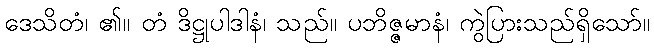
ဒေသိတံ၊ ၏။ တံ ဒိဋ္ဌုပါဒါနံ၊ သည်။ ပဘိဇ္ဇမာနံ၊ ကွဲပြားသည်ရှိသော်။